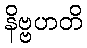
နိဗ္ဗဟတိ